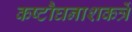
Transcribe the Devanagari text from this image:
कष्टौघनाशकर्त्रे